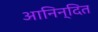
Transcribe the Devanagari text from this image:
आनिन्दित